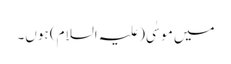
میں موسٰی(علیہ السلام) ہوں۔